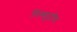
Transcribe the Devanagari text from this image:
पिस्सुटॉप